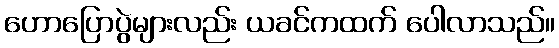
ဟောပြောပွဲများလည်း ယခင်ကထက် ပေါလာသည်။